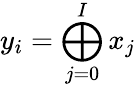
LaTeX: y_{i}=\bigoplus_{j=0}^{I}x_{j}